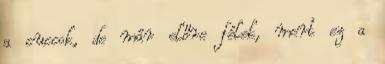
a cuccok, de már előre félek, mert ez a